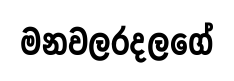
මනවලරදලගේ